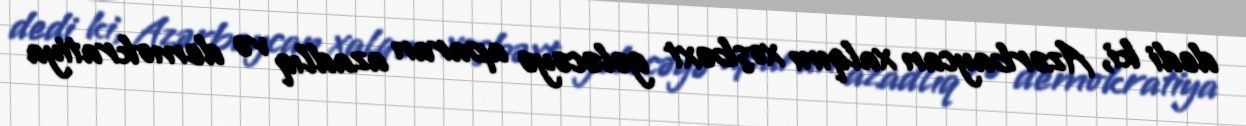
dedi ki, Azərbaycan xalqını xoşbəxt gələcəyə aparan azadlıq və demokratiya